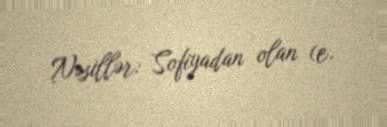
Nəsillər: Sofiyadan olan (e.